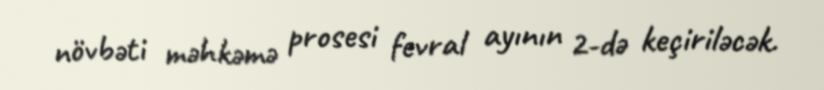
növbəti məhkəmə prosesi fevral ayının 2-də keçiriləcək.